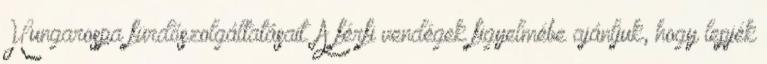
Hungarospa fürdőszolgáltatásait. A férfi vendégek figyelmébe ajánljuk, hogy lepjék